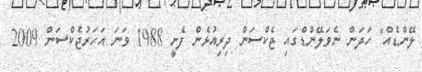
ލޭންޑެއް" ހަދަން ނެވަލޭންޑްގައި ޖެކްސަން ދިރިއުޅެން ފެށީ 1988 ވަނަ އަހަރުޖެކްސަން 2009